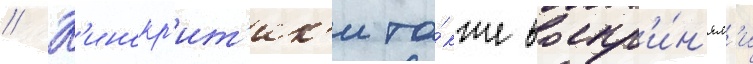
// К'инокр'ит'ик'и та́кже воспр'и́н'ял'и